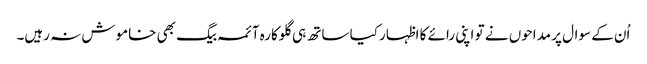
اُن کے سوال پر مداحوں نے تو اپنی رائے کا اظہار کیا ساتھ ہی گلوکارہ آئمہ بیگ بھی خاموش نہ رہیں۔